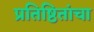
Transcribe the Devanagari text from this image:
प्रतिष्ठितांचा